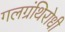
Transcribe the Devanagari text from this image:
गलग्रंथिरोधी